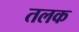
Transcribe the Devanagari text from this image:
तलक